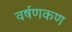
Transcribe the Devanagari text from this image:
वर्षणकण